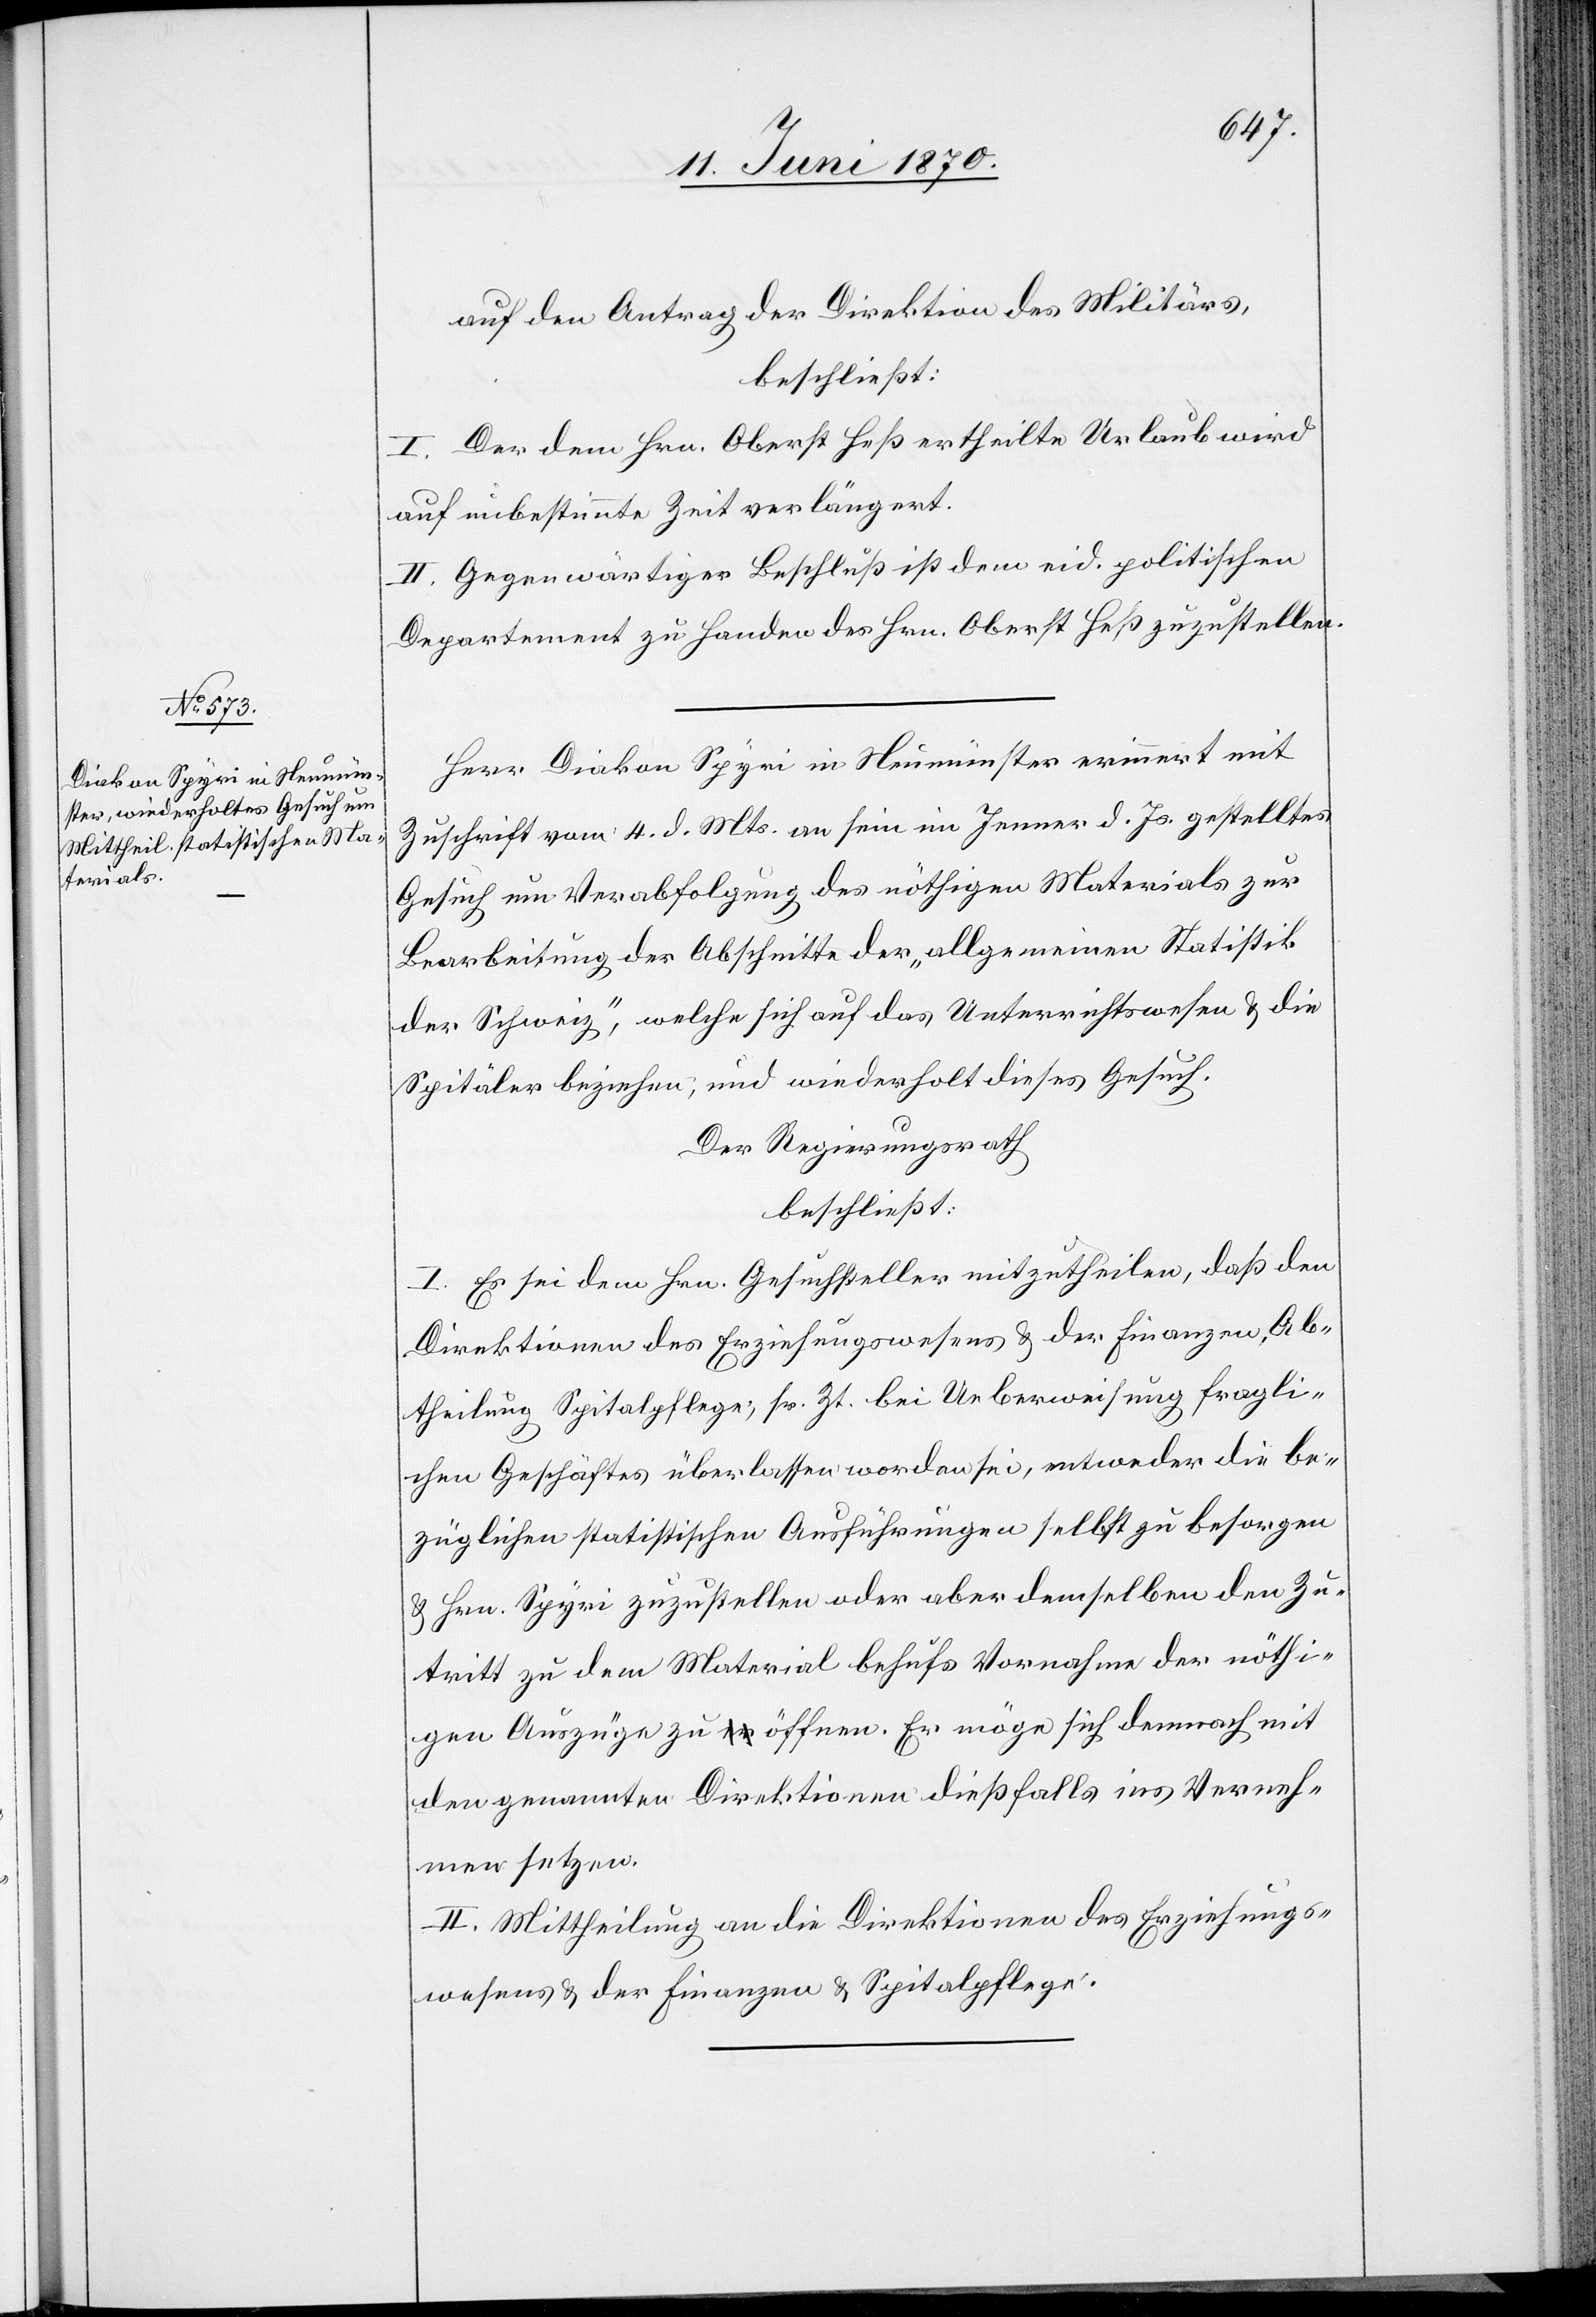
auf den Antrag der Direktion des Militärs,
beschließt:
I. Der dem Hrn. Oberst Heß ertheilte Urlaub wird
auf unbestimmte Zeit verlängert.
II. Gegenwärtiger Beschluß ist dem eid. politischen
Departement zu Handen des Hrn. Oberst Heß zuzustellen.
Herr Diakon Spyri in Neumünster erinnert mit
Zuschrift vom 4. d. Mts. an sein im Jenner d. Js. gestelltes
Gesuch um Verabfolgung des nöthigen Materials zur
Bearbeitung der Abschnitte der „allgemeinen Statistik
der Schweiz“, welche sich auf das Unterrichtswesen & die
Spitäler beziehen, und wiederholt dieses Gesuch.
Der Regierungsrath,
beschließt:
I. Es sei dem Hrn. Gesuchsteller mitzutheilen, daß den
Direktionen des Erziehungswesens & der Finanzen, Ab¬
theilung Spitalpflege, sr. Zt. bei Ueberweisung fragli¬
chen Geschäftes überlassen worden sei, entweder die be¬
züglichen statistischen Ausführungen selbst zu besorgen
& Hrn. Spyri zuzustellen oder aber demselben den Zu¬
tritt zu dem Material behufs Vornahme der nöthi¬
gen Auszüge zu öffnen. Er möge sich demnach mit
den genannten Direktionen dießfalls ins Verneh¬
men setzen.
II. Mittheilung an die Direktionen des Erziehungs¬
wesens & der Finanzen & Spitalpflege.